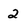
Character: 2